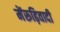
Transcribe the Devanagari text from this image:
मेंरूढ़िवादी